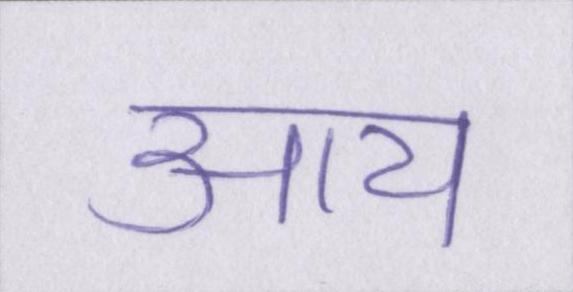
आय